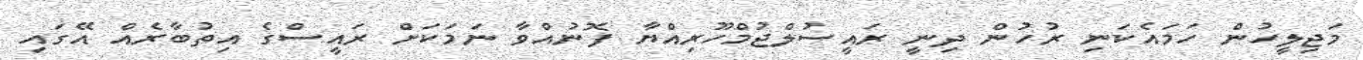
މަޖިލީހުން ހަމައެކަނި ރުހުން ދިނީ ރައީސުލްޖުމްހޫރިއްޔާ ފޮނުއްވާ ނަމަކަށް ރައީސްގެ އިތުބާރެއް އޭގައި